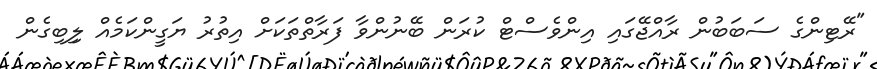
"ރޭޓިންގެ ސަބަބުން ރާއްޖޭގައި އިންވެސްޓް ކުރަން ބޭނުންވާ ފަރާތްތަކަށް އިތުރު ޔަގީންކަމެއް ލިިބިގެން